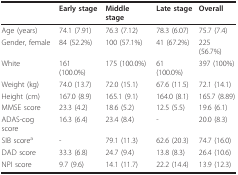
<table><thead><tr><td></td><td><b>Early stage</b></td><td><b>Middle stage</b></td><td><b>Late stage</b></td><td><b>Overall</b></td></tr></thead><tbody><tr><td>Age (years)</td><td>74.1 (7.91)</td><td>76.3 (7.12)</td><td>78.3 (6.07)</td><td>75.7 (7.4)</td></tr><tr><td>Gender, female</td><td>84 (52.2%)</td><td>100 (57.1%)</td><td>41 (67.2%)</td><td>225 (56.7%)</td></tr><tr><td>White</td><td>161 (100.0%)</td><td>175 (100.0%)</td><td>61 (100.0%)</td><td>397 (100%)</td></tr><tr><td>Weight (kg)</td><td>74.0 (13.7)</td><td>72.0 (15.1)</td><td>67.6 (11.5)</td><td>72.1 (14.1)</td></tr><tr><td>Height (cm)</td><td>167.0 (8.9)</td><td>165.1 (9.1)</td><td>164.0 (8.1)</td><td>165.7 (8.89)</td></tr><tr><td>MMSE score</td><td>23.3 (4.2)</td><td>18.6 (5.2)</td><td>12.5 (5.5)</td><td>19.6 (6.1)</td></tr><tr><td>ADAS-cog score</td><td>16.3 (6.4)</td><td>23.4 (8.4)</td><td>-</td><td>20.0 (8.3)</td></tr><tr><td>SIB score<sup>a</sup></td><td>-</td><td>79.1 (11.3)</td><td>62.6 (20.3)</td><td>74.7 (16.0)</td></tr><tr><td>DAD score</td><td>33.3 (6.8)</td><td>24.7 (9.4)</td><td>13.8 (8.3)</td><td>26.4 (10.6)</td></tr><tr><td>NPI score</td><td>9.7 (9.6)</td><td>14.1 (11.7)</td><td>22.2 (14.4)</td><td>13.9 (12.3)</td></tr></tbody></table>